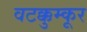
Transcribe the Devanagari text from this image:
वटक्कुम्कूर